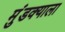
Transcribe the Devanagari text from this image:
मुंडक्याला